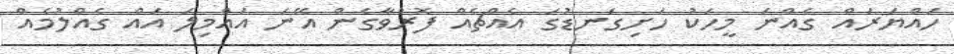
ހައްޔަރައް ގެއްނަ މީހަކު ހަށިގަނޑުގަ އެއްޗެއް ފޮރުވާގެން އޭނަ އައްމިލަ އައް ގެއްލުމެއް